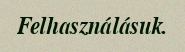
Felhasználásuk.